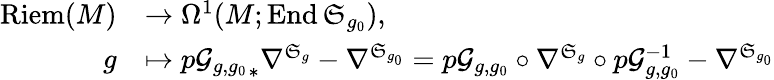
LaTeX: \begin{array}{rl}{\mathrm{Riem}(M)}&{\rightarrow\Omega^{1}(M;\mathrm{End}\, \mathfrak{S}_{g_{0}}),}\\ {g}&{\mapsto{p\mathcal{G}_{g,g_{0}}}_{\ast}\nabla^{\mathfrak{S}_{g}}-\nabla^{\mathfrak{S}_{g_{0}}}=p\mathcal{G}_{g,g_{0}}\circ\nabla^{\mathfrak{S}_{g}}\circ p\mathcal{G}_{g,g_{0}}^{-1}-\nabla^{\mathfrak{S}_{g_{0}}}}\end{array}